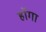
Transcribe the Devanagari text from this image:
हॉगा